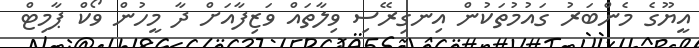
އީޔޫގެ މެންބަރު ގައުމުތަކުން އިނގިރޭސި ވިލާތައް ވަޒިފާއަށް ދާ މީހުން ވޯކް ޕާމިޓް